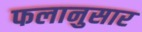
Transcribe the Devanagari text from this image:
फलानुसार